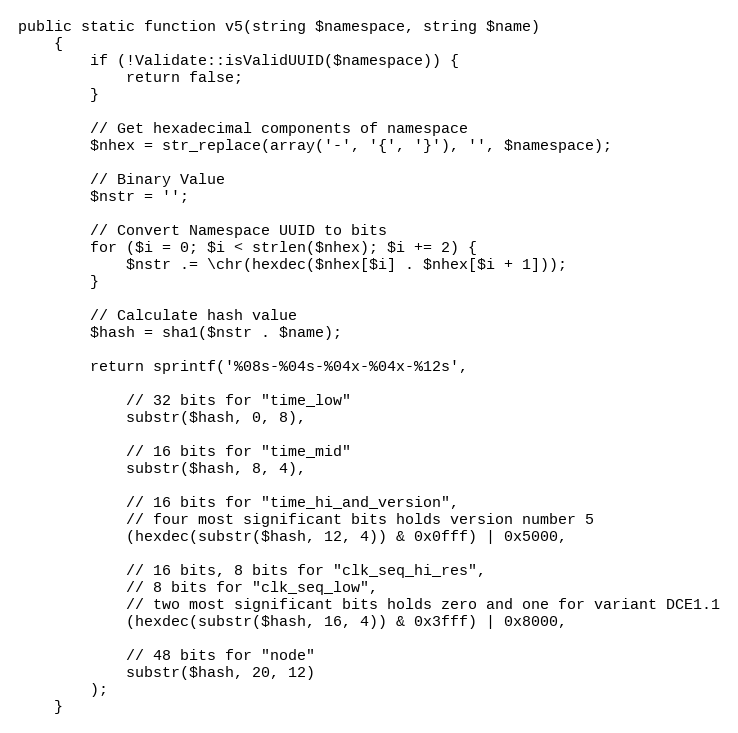
Language: PHP
public static function v5(string $namespace, string $name)
    {
        if (!Validate::isValidUUID($namespace)) {
            return false;
        }

        // Get hexadecimal components of namespace
        $nhex = str_replace(array('-', '{', '}'), '', $namespace);

        // Binary Value
        $nstr = '';

        // Convert Namespace UUID to bits
        for ($i = 0; $i < strlen($nhex); $i += 2) {
            $nstr .= \chr(hexdec($nhex[$i] . $nhex[$i + 1]));
        }

        // Calculate hash value
        $hash = sha1($nstr . $name);

        return sprintf('%08s-%04s-%04x-%04x-%12s',

            // 32 bits for "time_low"
            substr($hash, 0, 8),

            // 16 bits for "time_mid"
            substr($hash, 8, 4),

            // 16 bits for "time_hi_and_version",
            // four most significant bits holds version number 5
            (hexdec(substr($hash, 12, 4)) & 0x0fff) | 0x5000,

            // 16 bits, 8 bits for "clk_seq_hi_res",
            // 8 bits for "clk_seq_low",
            // two most significant bits holds zero and one for variant DCE1.1
            (hexdec(substr($hash, 16, 4)) & 0x3fff) | 0x8000,

            // 48 bits for "node"
            substr($hash, 20, 12)
        );
    }